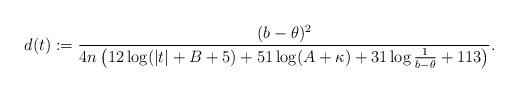
LaTeX: \begin{align*}d(t):=\frac{(b-\theta)^2}{4n \left(12 \log(|t|+B+5) + 51 \log (A+\kappa) + 31 \log\frac{1}{b-\theta}+ 113\right)}.\end{align*}